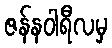
ဇန်နဝါရီလမှ